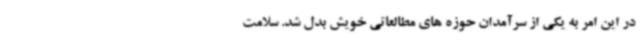
در این امر به یکی از سرآمدان حوزه های مطالعاتی خویش بدل شد. سلامت